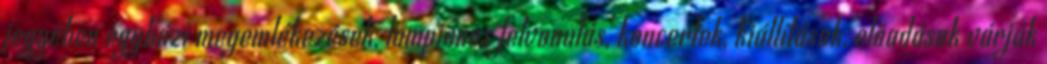
jegyében egyházi megemlékezések, lampionos felvonulás, koncertek, kiállítások, előadások várják